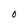
Character: 0